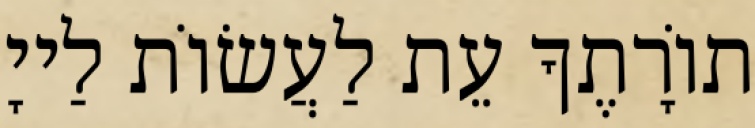
תוֹרָתֶךָ עֵת לַעֲשׂוֹת לַייָ